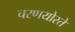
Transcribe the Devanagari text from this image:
चरणयोस्ते